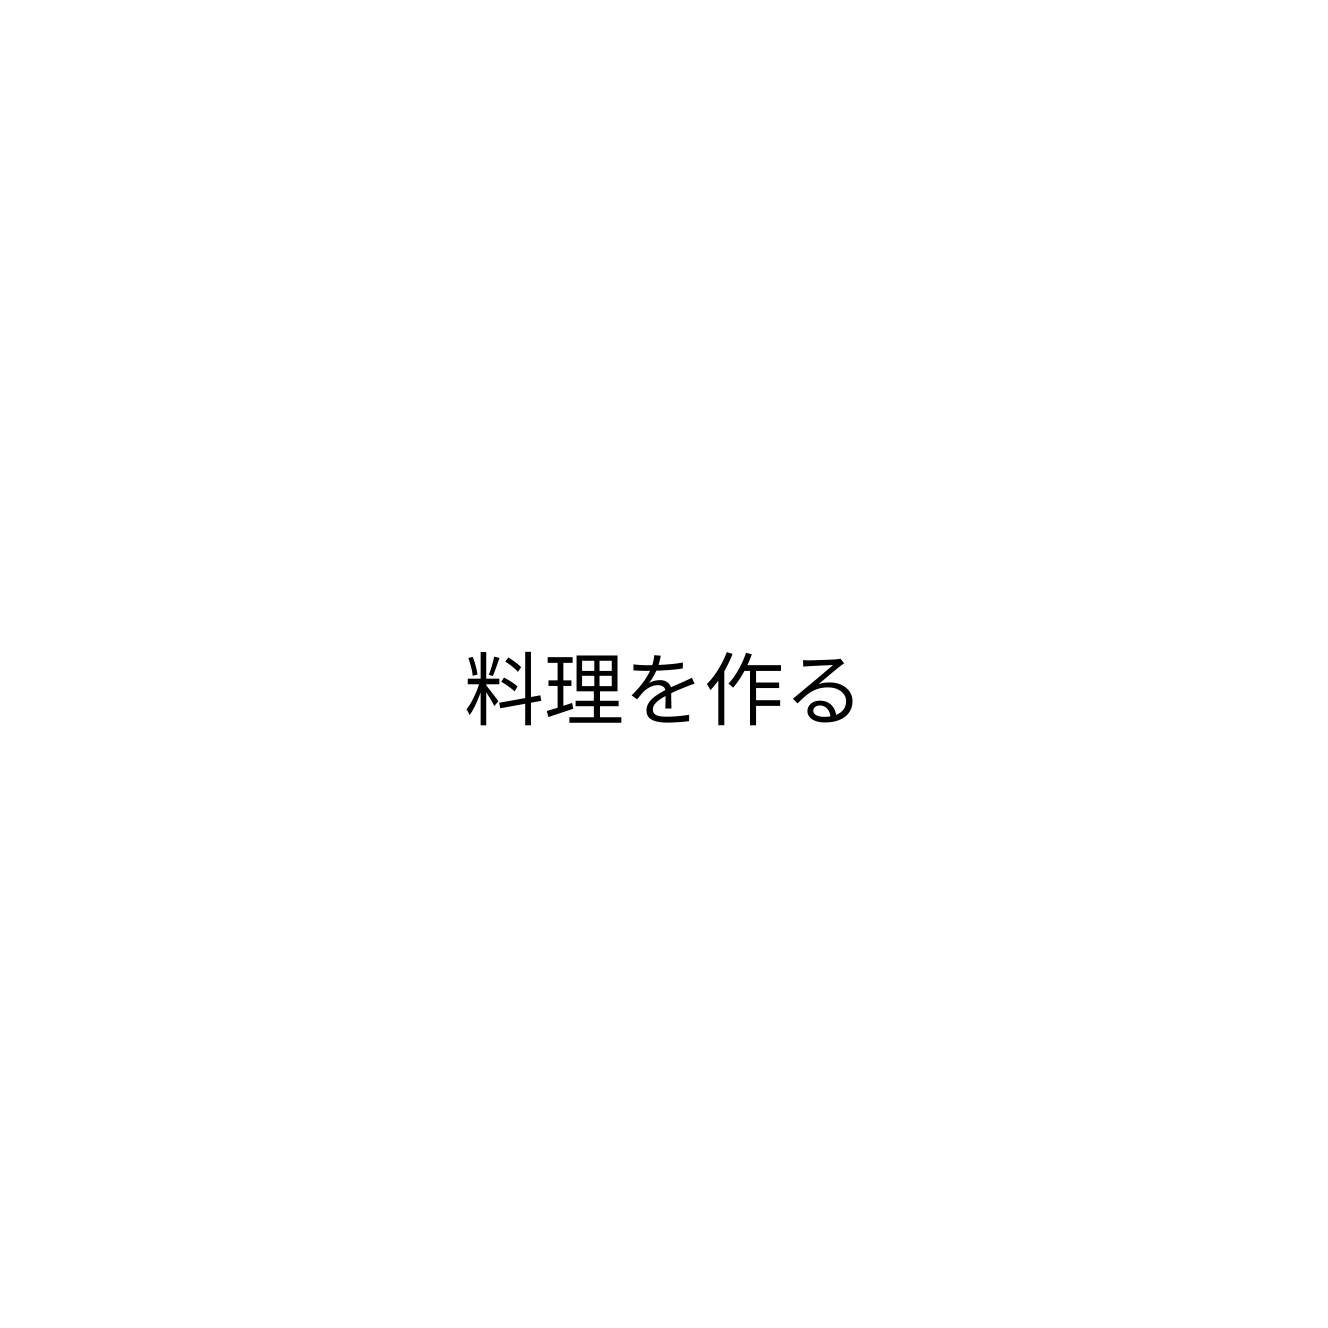
料理を作る